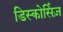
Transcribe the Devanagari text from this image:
डिस्कोर्सिज़